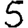
Digit: 5